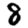
Digit: 8